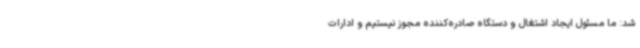
شد: ما مسئول ایجاد اشتغال و دستگاه صادره‌کننده مجوز نیستیم و ادارات